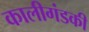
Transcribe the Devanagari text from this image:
कालीगंडकी